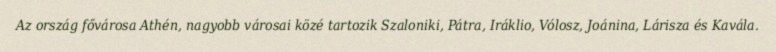
Az ország fővárosa Athén, nagyobb városai közé tartozik Szaloniki, Pátra, Iráklio, Vólosz, Joánina, Lárisza és Kavála.